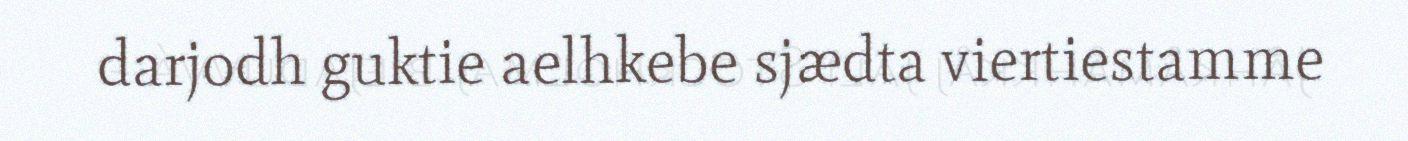
darjodh guktie aelhkebe sjædta viertiestamme